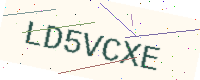
Text: LD5VCXE